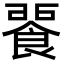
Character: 𩜕